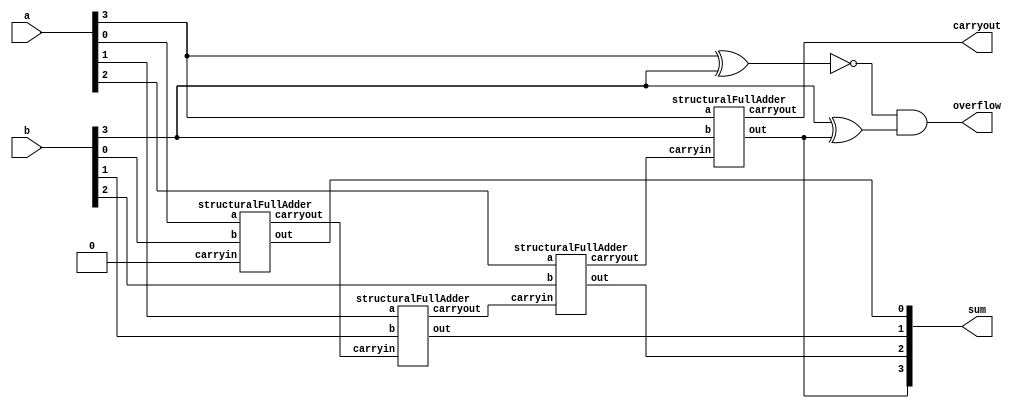
`define AND and #50 //simulate physical gate delay
`define OR or #50
`define NOT not #50
`define NOR nor #50
`define NAND nand #50
`define XOR xor #50
`define XNOR xnor #50

module FullAdder4bit
(
    output[3:0] sum,  // 2's complement sum of a and b
    output carryout,  // Carry out of the summation of a and b
    output overflow,  // True if the calculation resulted in an overflow
    input[3:0] a,     // First operand in 2's complement format
    input[3:0] b      // Second operand in 2's complement format
);

    wire carry0, carry1, carry2; //declare carryout bits
    wire AxnB, BxS; //declare wires for overflow checking

    structuralFullAdder adder0 (sum[0], carry0, a[0], b[0], 1'b0); //declare 4 adders we use
    structuralFullAdder adder1 (sum[1], carry1, a[1], b[1], carry0);
    structuralFullAdder adder2 (sum[2], carry2, a[2], b[2], carry1);
    structuralFullAdder adder3 (sum[3], carryout, a[3], b[3], carry2);

    `XNOR Xnor (AxnB, a[3], b[3]); //Overflow: A == B and S !== B
    `XOR Xor (BxS, b[3], sum[3]);
    `AND And (overflow, AxnB, BxS);

endmodule

module structuralFullAdder(out, carryout, a, b, carryin);
    output out, carryout; //declare vars
    input a, b, carryin;
    wire AxorB, fullAnd, AandB;

    `XOR AxB (AxorB, a, b); //first level gates
    `AND ABand (AandB, a, b);
    `AND Alland (fullAnd, carryin, AxorB);

    `XOR Sout (out, AxorB, carryin); //final gates
    `XOR Cout (carryout, AandB, fullAnd);
endmodule

module testFullAdder4bit;
    reg[3:0] a, b;
    wire[3:0] sum;
    wire carryout, overflow;

    //behavioralFullAdder adder (sum, carryout, a, b, carryin);
    FullAdder4bit fadder4 (sum, carryout, overflow, a, b);

    initial begin
        $dumpfile("4badder.vcd"); //dump info to create wave propagation later
        $dumpvars(0, testFullAdder4bit);

        $display("No Carryout, No Overflow cases");
        $display("A     B    |  Sum Cout O  | Expected"); //test bench
        a=4'b0000; b=4'b0000; #1000
        $display("%b  %b |  %b  %b  %b  | 0000  0  0", a, b, sum, carryout, overflow);
        a=4'b0001; b=4'b0001; #1000
        $display("%b  %b |  %b  %b  %b  | 0010  0  0", a, b, sum, carryout, overflow);
        a=4'b1110; b=4'b0001; #1000
        $display("%b  %b |  %b  %b  %b  | 1111  0  0", a, b, sum, carryout, overflow);
        a=4'b1001; b=4'b0100; #1000
        $display("%b  %b |  %b  %b  %b  | 1101  0  0", a, b, sum, carryout, overflow);
        $display("Carryout, No Overflow cases");
        $display("A     B    |  Sum Cout O  | Expected"); //test bench        a=4'b1110; b=4'b1101; #1000
        a=4'b0110; b=4'b1101; #1000
        $display("%b  %b |  %b  %b  %b  | 0011  1  0", a, b, sum, carryout, overflow);
        a=4'b1111; b=4'b1001; #1000
        $display("%b  %b |  %b  %b  %b  | 1000  1  0", a, b, sum, carryout, overflow);
        a=4'b1100; b=4'b1101; #1000
        $display("%b  %b |  %b  %b  %b  | 1001  1  0", a, b, sum, carryout, overflow);
        a=4'b1111; b=4'b1111; #1000
        $display("%b  %b |  %b  %b  %b  | 1110  1  0", a, b, sum, carryout, overflow);
        $display("No Carryout, Overflow cases");
        $display("A     B    |  Sum Cout O  | Expected"); //test bench        a=4'b1110; b=4'b1101; #1000
        a=4'b0101; b=4'b0110; #1000
        $display("%b  %b |  %b  %b  %b  | 1011  0  1", a, b, sum, carryout, overflow);
        a=4'b0111; b=4'b0011; #1000
        $display("%b  %b |  %b  %b  %b  | 1010  0  1", a, b, sum, carryout, overflow);
        a=4'b0001; b=4'b0111; #1000
        $display("%b  %b |  %b  %b  %b  | 1000  0  1", a, b, sum, carryout, overflow);
        a=4'b0111; b=4'b0010; #1000
        $display("%b  %b |  %b  %b  %b  | 1001  0  1", a, b, sum, carryout, overflow);
        $display("Carryout, Overflow cases");
        $display("A     B    |  Sum Cout O  | Expected"); //test bench        a=4'b1110; b=4'b1101; #1000
        a=4'b1110; b=4'b1001; #1000
        $display("%b  %b |  %b  %b  %b  | 0111  1  1", a, b, sum, carryout, overflow);
        a=4'b1000; b=4'b1101; #1000
        $display("%b  %b |  %b  %b  %b  | 0101  1  1", a, b, sum, carryout, overflow);
        a=4'b1011; b=4'b1010; #1000
        $display("%b  %b |  %b  %b  %b  | 0101  1  1", a, b, sum, carryout, overflow);
        a=4'b1001; b=4'b1001; #1000
        $display("%b  %b |  %b  %b  %b  | 0010  1  1", a, b, sum, carryout, overflow);

    end
endmodule